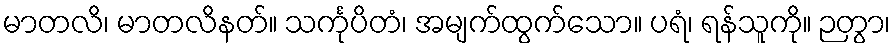
မာတလိ၊ မာတလိနတ်။ သင်္ကုပိတံ၊ အမျက်ထွက်သော။ ပရံ၊ ရန်သူကို။ ဉတွာ၊